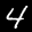
Label: 4